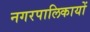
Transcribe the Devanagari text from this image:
नगरपालिकायों